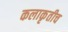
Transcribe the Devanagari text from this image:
कलाकृतीच